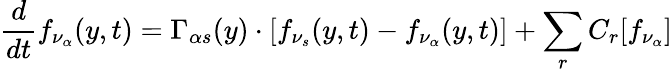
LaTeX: \frac{d}{dt}f_{\nu_{\alpha}}(y,t)=\Gamma_{\alpha s}(y)\cdot\left[f_{\nu_{s}}(y,t)-f_{\nu_{\alpha}}(y,t)\right]+\sum_{r}C_{r}[f_{\nu_{\alpha}}]